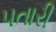
પતારી